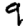
Digit: 9